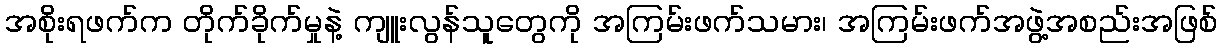
အစိုးရဖက်က တိုက်ခိုက်မှုနဲ့ ကျူးလွန်သူတွေကို အကြမ်းဖက်သမား၊ အကြမ်းဖက်အဖွဲ့အစည်းအဖြစ်